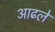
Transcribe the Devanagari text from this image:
आढले